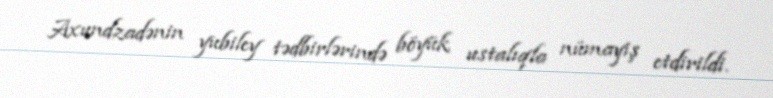
Axundzadənin yubiley tədbirlərində böyük ustalıqla nümayiş etdirildi.